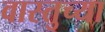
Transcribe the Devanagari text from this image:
वास्तुच्या